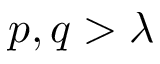
p , q > \lambda